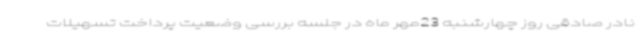
نادر صادقی روز چهارشنبه 23مهر ماه در جلسه بررسی وضعیت پرداخت تسهیلات